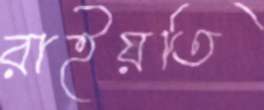
রাইয়তি